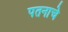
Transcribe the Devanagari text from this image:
पतनाचे